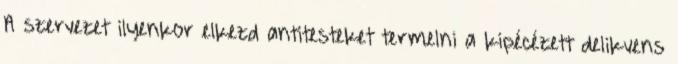
A szervezet ilyenkor elkezd antitesteket termelni a kipécézett delikvens